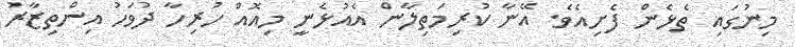
މިނުގައި ތެޅެން ފެށިއެވެ. އޭނާ ކުރިމަތިލާން އެއުޅެނީ މިއޮއް ހުރިހާ ދުވަހު އިންތިޒާރު